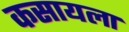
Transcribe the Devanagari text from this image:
कसायला